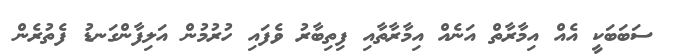
ސަބަބަކީ އެއް އިމާރާތް އަނެއް އިމާރާތާއި ފިތިބާރު ވެފައި ހުރުމުން އަލިފާންގަނޑު ފެތުރެން